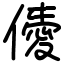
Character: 𠎹